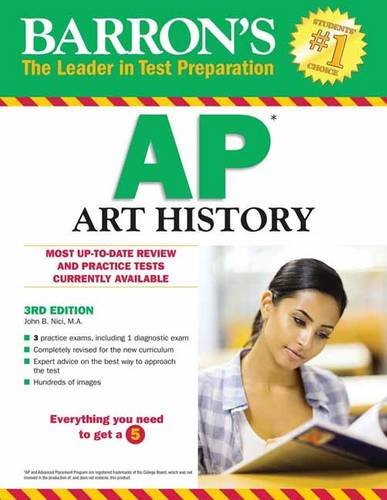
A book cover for Barron's AP Art History, 3rd Edition; John B. Nici M.A.; Test Preparation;